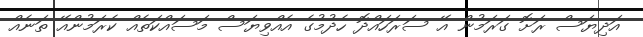
އަދިޔަސް ރަށޮ ގަރަމުން އޭ ސަރަހައްދޮ ހެދުމުގެ އެއްވިޔަސް މަސައްކަތެއް ކެރަމުންއޭ ތަނެއް